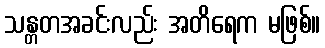
သန္တတအခင်းလည်း အတိရေက မဖြစ်။